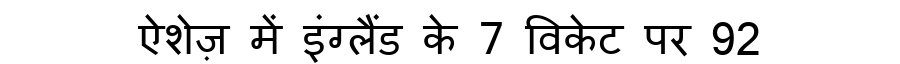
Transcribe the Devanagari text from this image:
ऐशेज़ में इंग्लैंड के 7 विकेट पर 92